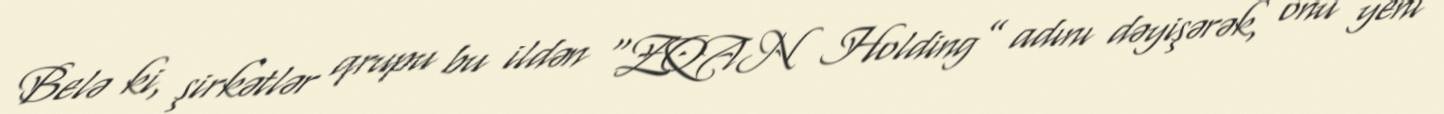
Belə ki, şirkətlər qrupu bu ildən “ZQAN Holding” adını dəyişərək, onu yeni